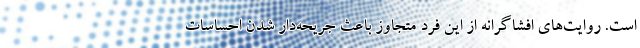
است. روایت‌های افشاگرانه از این فرد متجاوز باعث جریحه‌دار شدن احساسات